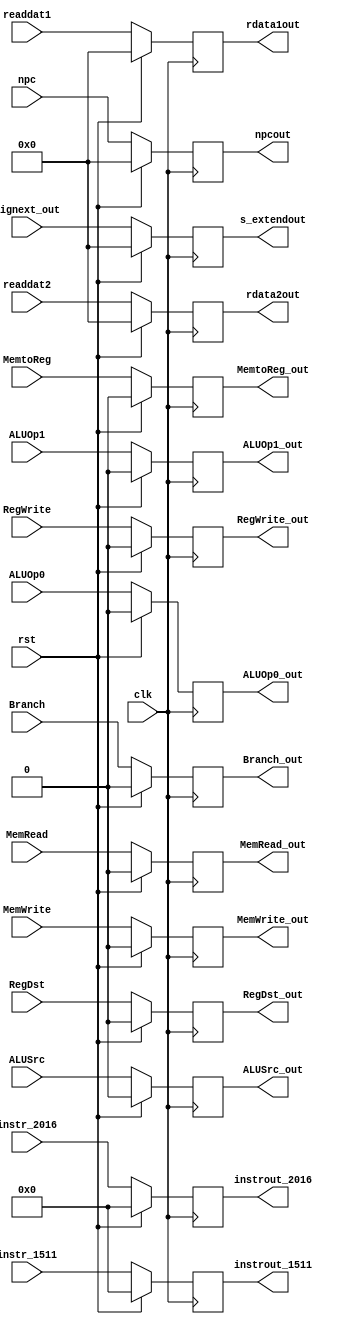
`timescale 1ns / 1ps
//////////////////////////////////////////////////////////////////////////////////
// Company: 
// Engineer: 
// 
// Design Name: 
// Module Name:    decode_pipe 
// Project Name: 
// Target Devices: 
// Tool versions: 
// Description: 
//
// Dependencies: 
//
// Revision: 
// Revision 0.01 - File Created
// Additional Comments: 
//
//////////////////////////////////////////////////////////////////////////////////
module decode_pipe(clk, rst, RegDst, ALUSrc, MemtoReg, RegWrite, MemRead, MemWrite, Branch, ALUOp1, ALUOp0, npc, readdat1, readdat2, signext_out, instr_2016, instr_1511,
						RegDst_out, ALUSrc_out, MemtoReg_out, RegWrite_out, MemRead_out, MemWrite_out, Branch_out, ALUOp1_out, ALUOp0_out, npcout, rdata1out, rdata2out, s_extendout, instrout_2016, instrout_1511);
	
	input clk, rst;
	
	input RegDst, ALUSrc, MemtoReg, RegWrite, MemRead, MemWrite, Branch, ALUOp1, ALUOp0;
	input [31:0] npc, readdat1, readdat2, signext_out;
	input [4:0] instr_2016;
	input [4:0] instr_1511;
	
	output reg RegDst_out, ALUSrc_out, MemtoReg_out, RegWrite_out, MemRead_out, MemWrite_out, Branch_out, ALUOp1_out, ALUOp0_out;
	output reg [31:0] npcout, rdata1out, rdata2out, s_extendout;
	output reg [4:0] instrout_2016;
	output reg [4:0] instrout_1511;
	
	always @(posedge clk)
	begin
		if(rst)
		begin
			RegDst_out <= 0;
			ALUSrc_out <= 0;
			MemtoReg_out <= 0;
			RegWrite_out <= 0;
			MemRead_out <= 0;
			MemWrite_out <= 0;
			Branch_out <= 0;
			ALUOp1_out <= 0;
			ALUOp0_out <= 0;
			
			npcout <= 0;
			rdata1out <= 0;
			rdata2out <= 0;
			s_extendout <= 0;
			instrout_2016 <= 0;
			instrout_1511 <= 0;
		end
		else
		begin
			RegDst_out <= RegDst;
			ALUSrc_out <= ALUSrc;
			MemtoReg_out <= MemtoReg;
			RegWrite_out <= RegWrite;
			MemRead_out <= MemRead;
			MemWrite_out <= MemWrite;
			Branch_out <= Branch;
			ALUOp1_out <= ALUOp1;
			ALUOp0_out <= ALUOp0;
			
			npcout <= npc;
			rdata1out <= readdat1;
			rdata2out <= readdat2;
			s_extendout <= signext_out;
			instrout_2016 <= instr_2016;
			instrout_1511 <= instr_1511;
		end
	end

endmodule